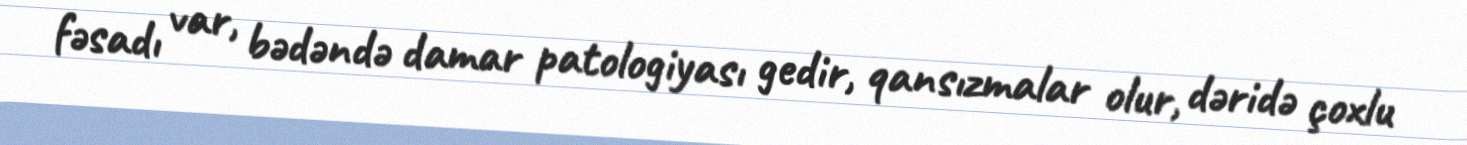
fəsadı var, bədəndə damar patologiyası gedir, qansızmalar olur, dəridə çoxlu